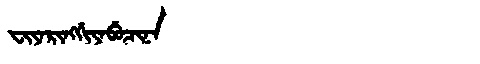
Manchu: ᠸᡳᠶᠠᡵᡳᠩᡤᡳᠶᠠᠪᡠᠴᡳᠨᠠ
Romanization: FIYARINGGIYABUCINA